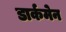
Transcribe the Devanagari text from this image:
डार्कमेन